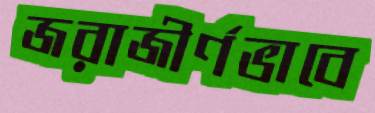
জরাজীর্ণভাবে